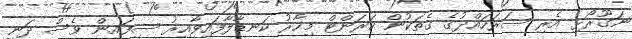
ނަގޫރޯޅި އެރި ސަރަހައްދުގެ ގެތަކުން ކަރަންޓް މިހާރު ކަނޑާލާފައިވާއިރު ސިފައިން ވެސް ދަނީ